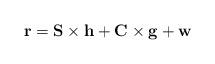
LaTeX: \begin{align*}\mathbf{r}=\mathbf{S}\times\mathbf{h}+\mathbf{C}\times\mathbf{g}+\mathbf{w}\end{align*}